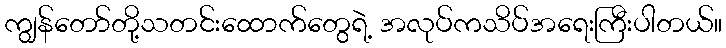
ကျွန်တော်တို့သတင်းထောက်တွေရဲ့ အလုပ်ကသိပ်အရေးကြီးပါတယ်။